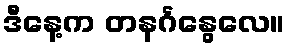
ဒီနေ့က တနင်္ဂနွေလေ။